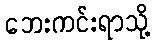
ဘေးကင်းရာသို့